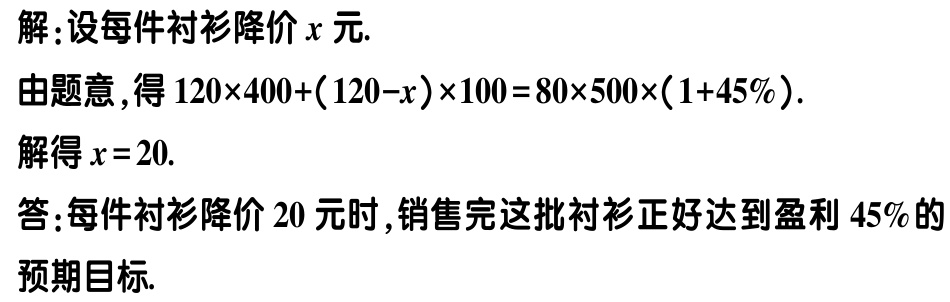
解：设每件衬衫降价\(x\)元.
由题意，得\(120\times400+(120 - x)\times100 = 80\times500\times(1 + 45\%)\).
解得\(x = 20\).
答：每件衬衫降价\(20\)元时，销售完这批衬衫正好达到盈利\(45\%\)的预期目标.